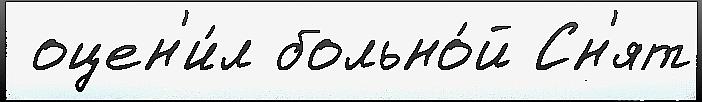
 оцен'и́л больно́й Сн'ят